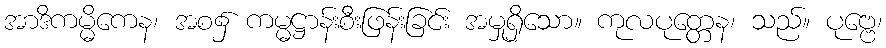
အာဒိကမ္မိကေန၊ အစ၌ ကမ္မဋ္ဌာန်းစီးဖြန်းခြင်း အမှုရှိသော။ ကုလပုတ္တေန၊ သည်။ ပုဗ္ဗေ၊